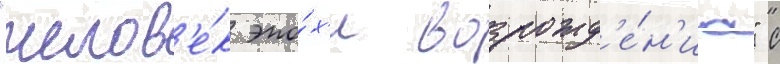
"челов'е́к эпо́х'и возрожд'е́н'иа" с